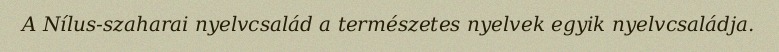
A Nílus-szaharai nyelvcsalád a természetes nyelvek egyik nyelvcsaládja.